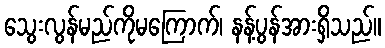
သွေးလွန်မည်ကိုမကြောက်၊ နန့်ပွန်အားရှိသည်။